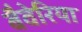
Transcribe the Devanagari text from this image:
बैवेरिया